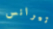
تيرانس